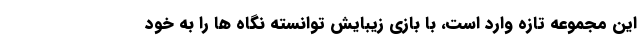
این مجموعه تازه وارد است، با بازی زیبایش توانسته نگاه ها را به خود